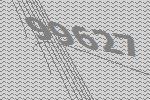
99627